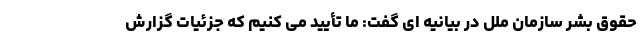
حقوق بشر سازمان ملل در بیانیه ای گفت: ما تأیید می کنیم که جزئیات گزارش